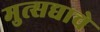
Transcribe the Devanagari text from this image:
मुत्सद्याचे